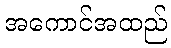
အကောင်အထည်